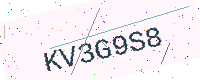
Text: KV3G9S8